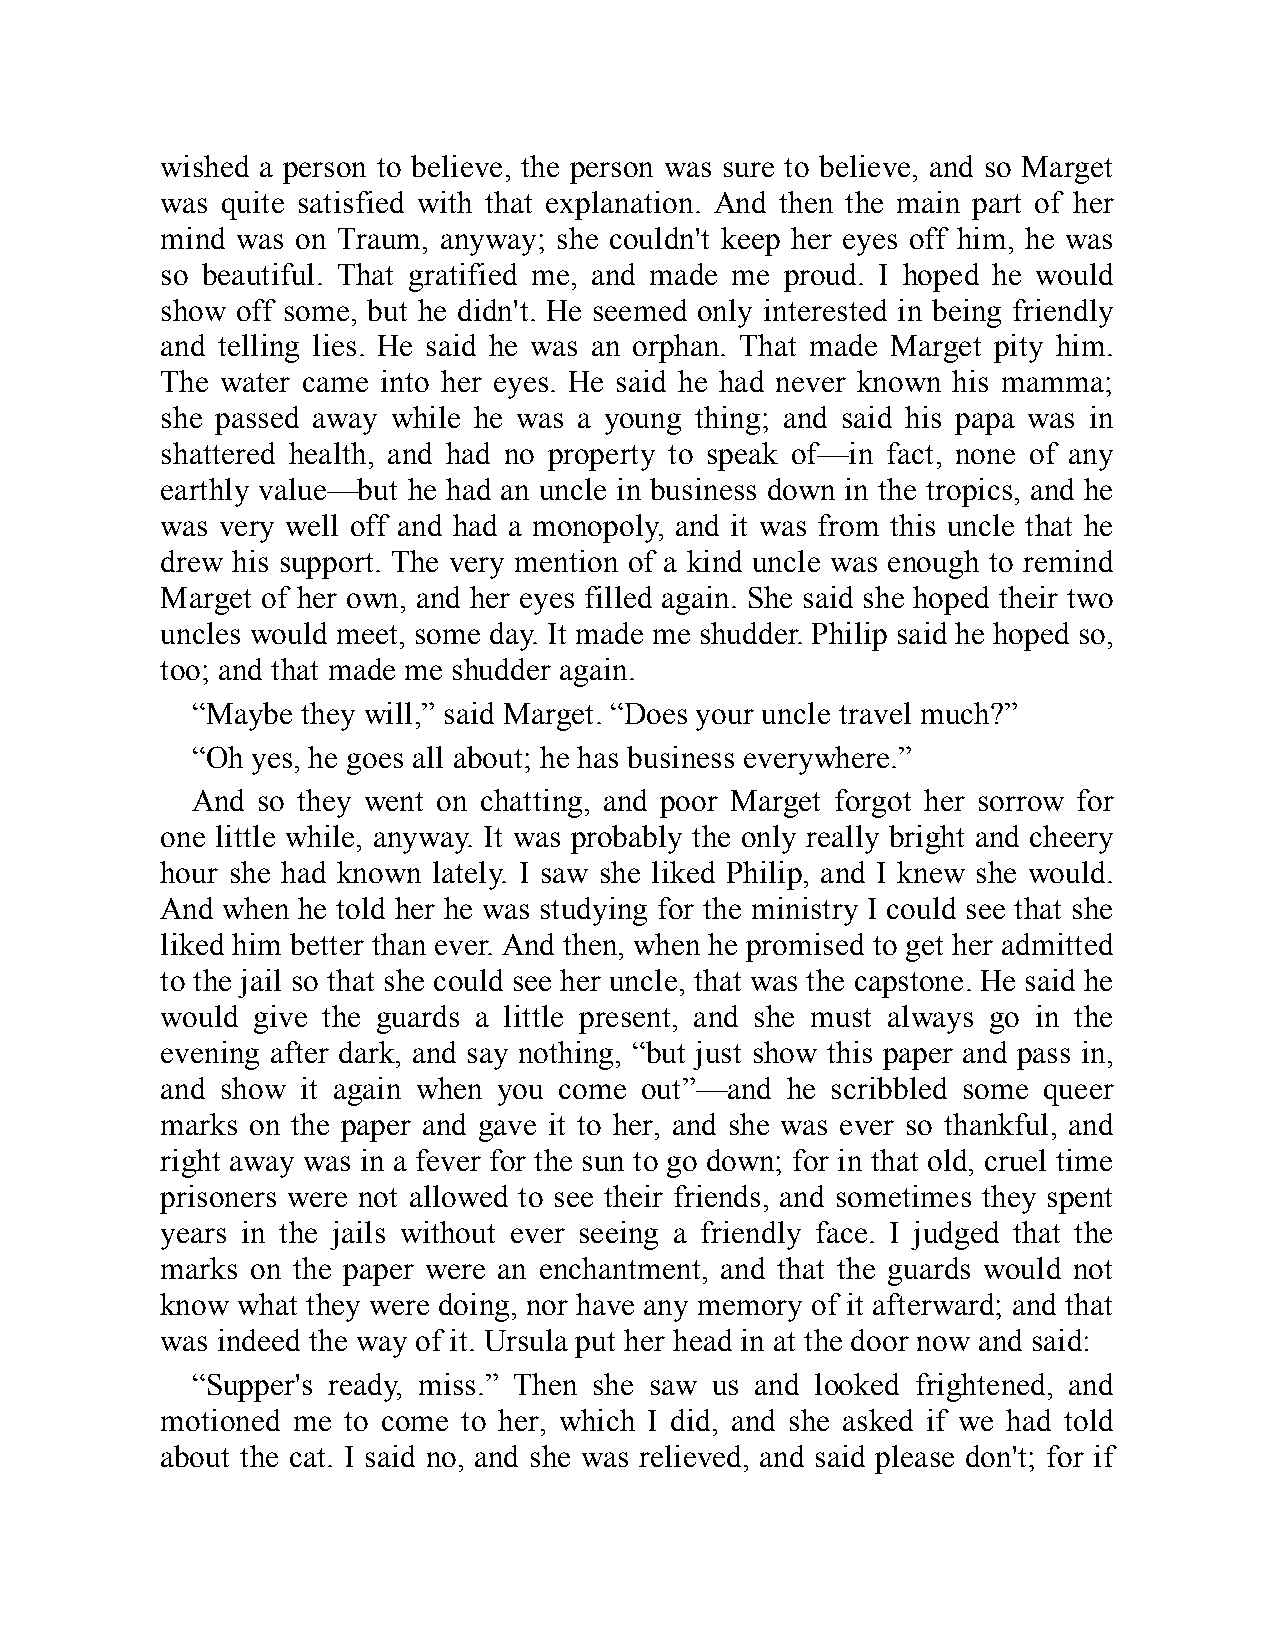
wished a person to believe, the person was sure to believe, and so Marget
 was quite satisfied with that explanation. And then the main part of her
 mind was on Traum, anyway; she couldn't keep her eyes off him, he was
 so beautiful. That gratified me, and made me proud. I hoped he would
 show off some, but he didn't. He seemed only interested in being friendly
 and telling lies. He said he was an orphan. That made Marget pity him.
 The water came into her eyes. He said he had never known his mamma;
 she passed away while he was a young thing; and said his papa was in
 shattered health, and had no property to speak of—in fact, none of any
 earthly value—but he had an uncle in business down in the tropics, and he
 was very well off and had a monopoly, and it was from this uncle that he
 drew his support. The very mention of a kind uncle was enough to remind
 Marget of her own, and her eyes filled again. She said she hoped their two
 uncles would meet, some day. It made me shudder. Philip said he hoped so,
 too; and that made me shudder again.
 “Maybe they will,” said Marget. “Does your uncle travel much?”
 “Oh yes, he goes all about; he has business everywhere.”
 And so they went on chatting, and poor Marget forgot her sorrow for
 one little while, anyway. It was probably the only really bright and cheery
 hour she had known lately. I saw she liked Philip, and I knew she would.
 And when he told her he was studying for the ministry I could see that she
 liked him better than ever. And then, when he promised to get her admitted
 to the jail so that she could see her uncle, that was the capstone. He said he
 would give the guards a little present, and she must always go in the
 evening after dark, and say nothing, “but just show this paper and pass in,
 and show it again when you come out”—and he scribbled some queer
 marks on the paper and gave it to her, and she was ever so thankful, and
 right away was in a fever for the sun to go down; for in that old, cruel time
 prisoners were not allowed to see their friends, and sometimes they spent
 years in the jails without ever seeing a friendly face. I judged that the
 marks on the paper were an enchantment, and that the guards would not
 know what they were doing, nor have any memory of it afterward; and that
 was indeed the way of it. Ursula put her head in at the door now and said:
 “Supper's ready, miss.” Then she saw us and looked frightened, and
 motioned me to come to her, which I did, and she asked if we had told
 about the cat. I said no, and she was relieved, and said please don't; for if